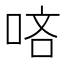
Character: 𠳺